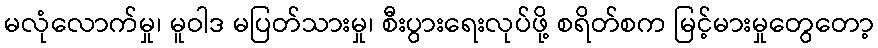
မလုံလောက်မှု၊ မူဝါဒ မပြတ်သားမှု၊ စီးပွားရေးလုပ်ဖို့ စရိတ်စက မြင့်မားမှုတွေတော့